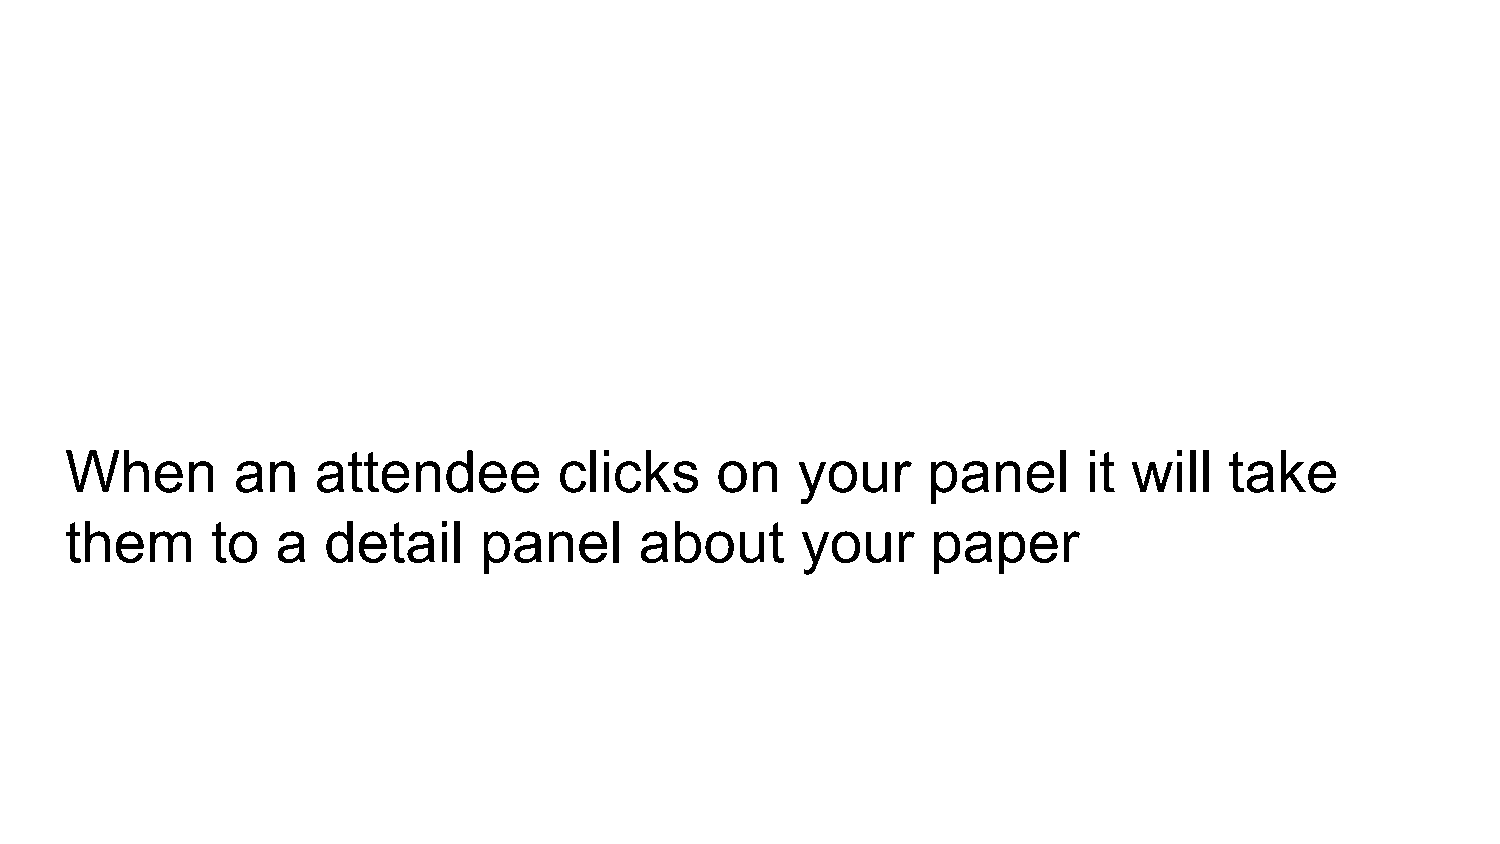
When       an    attendee        clicks    on    your    panel      it will  take
 them      to  a  detail     panel     about      your     paper